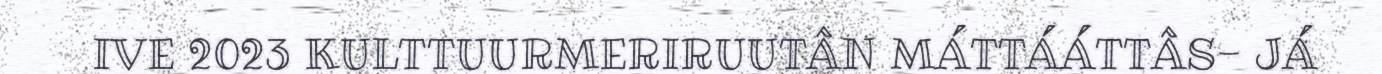
IVE 2023 KULTTUURMERIRUUTÂN MÁTTÁÁTTÂS- JÁ